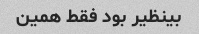
بینظیر بود فقط همین